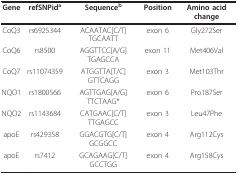
<table><thead><tr><td><b>Gene</b></td><td><b>refSNPid<sup>a</sup></b></td><td><b>Sequence<sup>b</sup></b></td><td><b>Position</b></td><td><b>Amino acid change</b></td></tr></thead><tbody><tr><td>CoQ3</td><td>rs6925344</td><td>ACAATAC[C/T]TGCAATT</td><td>exon 6</td><td>Gly272Ser</td></tr><tr><td>CoQ6</td><td>rs8500</td><td>AGGTTCC[A/G]TGAGCCA</td><td>exon 11</td><td>Met406Val</td></tr><tr><td>CoQ7</td><td>rs11074359</td><td>ATGGTTA[T/C]GTTCAGG</td><td>exon 3</td><td>Met103Thr</td></tr><tr><td>NQO1</td><td>rs1800566</td><td>AGTTGAG[A/G]TTCTAAG*</td><td>exon 6</td><td>Pro187Ser</td></tr><tr><td>NQO2</td><td>rs1143684</td><td>CATGAAC[C/T]TTGAGCC</td><td>exon 3</td><td>Leu47Phe</td></tr><tr><td>apoE</td><td>rs429358</td><td>GGACGTG[C/T]GCGGCC</td><td>exon 4</td><td>Arg112Cys</td></tr><tr><td>apoE</td><td>rs7412</td><td>GCAGAAG[C/T]GCCTGG</td><td>exon 4</td><td>Arg158Cys</td></tr></tbody></table>